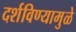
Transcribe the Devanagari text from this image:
दर्शविण्यामुळे